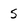
Character: S